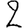
Digit: 2